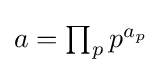
{\textstyle a=\prod _{p}p^{a_{p}}}